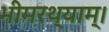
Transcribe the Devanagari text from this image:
भीमरथ्याम्।